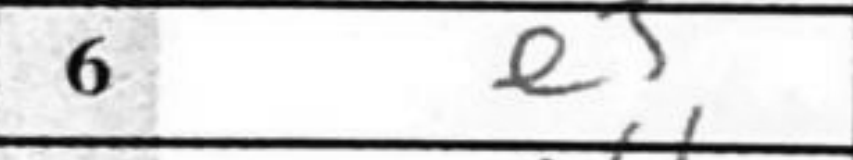
Transcription: e5